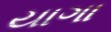
યાગા